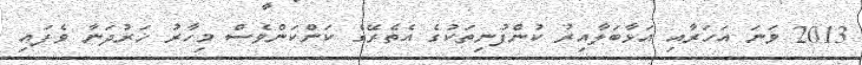
2013 ވަނަ އަހަރާއި އަޅާބަލާއިރު ކުންފުނިތަކުގެ އެތެރޭގެ ކަންކަންވެސް މިހާރު ޚަރުދަނާ ވެފައި